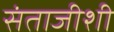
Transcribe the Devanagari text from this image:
संताजीशी